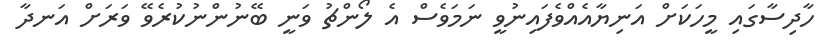
ހާދިސާގައި މީހަކަށް އަނިޔާއެއްވެފައިނުވީ ނަމަވެސް އެ ލޯންޗު ވަނީ ބޭނުންނުކުރެވޭ ވަރަށް އަނދާ